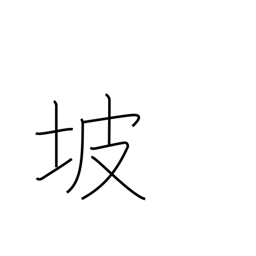
Meaning: dam